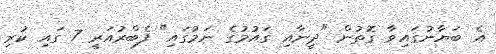
އެ ބަޔާނުގައިވާ ގޮތުން "ދީނާއި ގައުމުގެ ނަމުގައި" ފެބްރުއަރީ 7 ގައި ކުރި